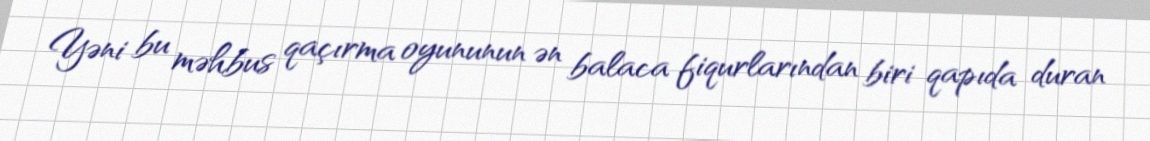
Yəni bu məhbus qaçırma oyununun ən balaca fiqurlarından biri qapıda duran